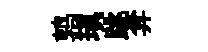
鹑瑱跳弇